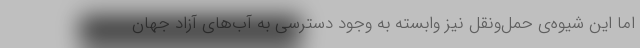
اما این شیوه‌ی حمل‌ونقل نیز وابسته به وجود دسترسی به آب‌های آزاد جهان